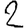
Digit: 2